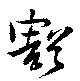
豁